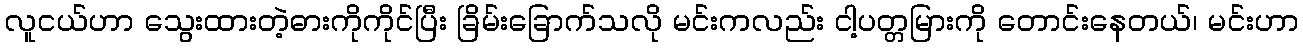
လူငယ်ဟာ သွေးထားတဲ့ဓားကိုကိုင်ပြီး ခြိမ်းခြောက်သလို မင်းကလည်း ငါ့ပတ္တမြားကို တောင်းနေတယ်၊ မင်းဟာ